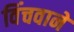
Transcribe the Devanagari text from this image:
विंचवाने